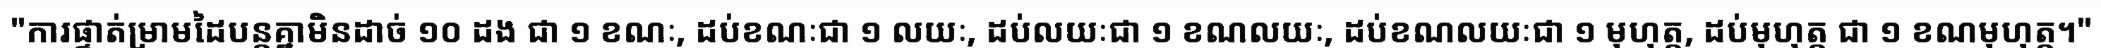
"ការផ្ទាត់ម្រាមដៃបន្តគ្នាមិនដាច់ ១០ ដង ជា ១ ខណៈ, ដប់ខណៈជា ១ លយៈ, ដប់លយៈជា ១ ខណលយៈ, ដប់ខណលយៈជា ១ មុហុត្ត, ដប់មុហុត្ត ជា ១ ខណមុហុត្ត។"